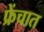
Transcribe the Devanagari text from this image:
फ्रेंचात